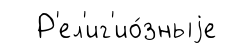
Р'ел'иг'ио́зныjе